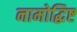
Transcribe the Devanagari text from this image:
नामोद्धिष्ट